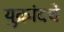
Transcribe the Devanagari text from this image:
युक्रांदचे